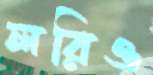
লরিও